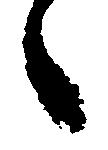
之